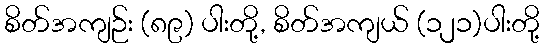
စိတ်အကျဉ်း (၈၉) ပါးတို့, စိတ်အကျယ် (၁၂၁)ပါးတို့